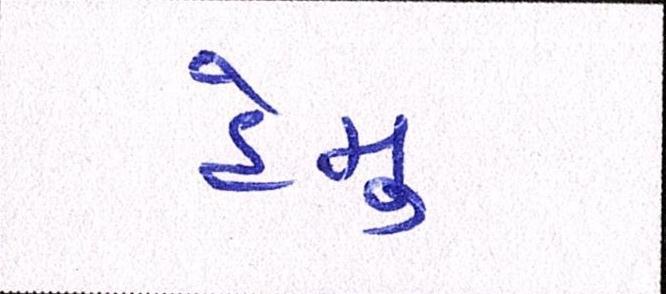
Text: હેમુ